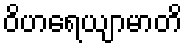
ဝိဟရေယျာမာတိ